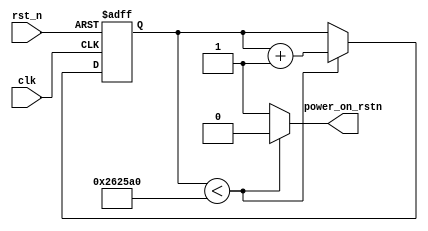
module power_on_rst
#(
  parameter CLK_FRE  = 50,
  parameter DELAY_MS = 50
)
(
 input clk,
 input rst_n,
 
 output power_on_rstn
);

reg [31:0] rst_cnt ;
localparam RESET_DELAY = CLK_FRE*1000*DELAY_MS ;  //

always @(posedge clk or negedge rst_n)
begin
  if (!rst_n)
    rst_cnt <= 32'd0 ;
  else if (rst_cnt < RESET_DELAY)  //50ms
    rst_cnt <= rst_cnt + 1'b1 ;
  else 
    rst_cnt <= rst_cnt ;
end

assign power_on_rstn = (rst_cnt < RESET_DELAY)? 1'b0 : 1'b1 ;

endmodule